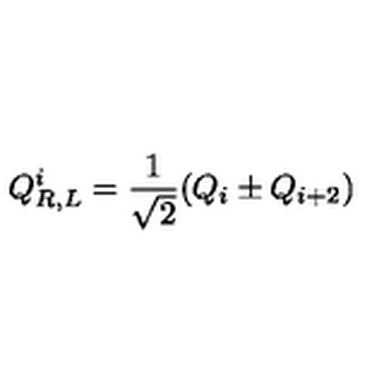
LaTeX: Q _ { R , L } ^ { i } = { \frac { 1 } { \sqrt { 2 } } } ( Q _ { i } \pm Q _ { i + 2 } )